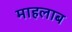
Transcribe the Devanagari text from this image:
माहलाब